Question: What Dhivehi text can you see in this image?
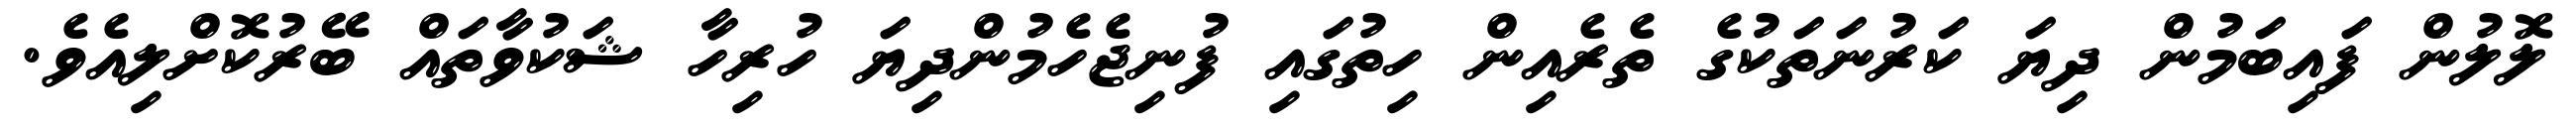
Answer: ލޮލުން ފައިބަމުން ދިޔަ ކަރުނަތަކުގެ ތެރެއިން ހިތުގައި ފުނިޖެހެމުންދިޔަ ހުރިހާ ޝަކުވާތައް ބޭރުކޮށްލިއެވެ.